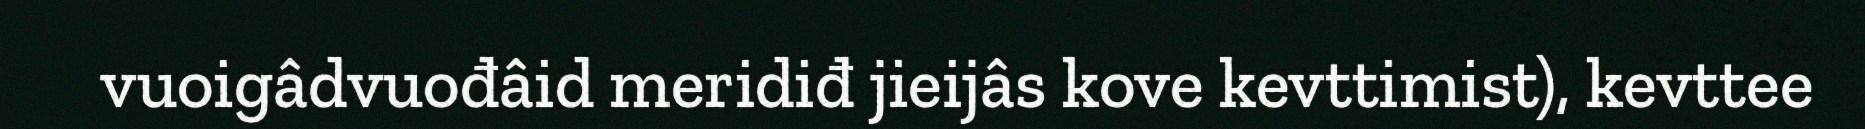
vuoigâdvuođâid meridiđ jieijâs kove kevttimist), kevttee